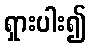
ရှားပါး၍